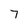
Character: 7